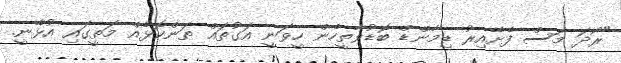
"ރޯދަ މަސް ފެށޭއިރު ޑިމާންޑް ބޮޑުވާތީހެން ހީވަނީ އަގުތައް ތަންކޮޅެއް މަތީގައި އުޅޭނީ.